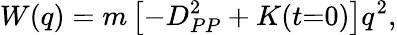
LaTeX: W(q)=m\left[-D_{PP}^{2}+K(t{=}0)\right]q^{2},